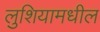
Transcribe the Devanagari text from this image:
लुशियामधील